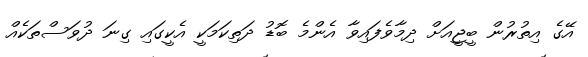
އޭގެ އިތުރުން ބީޖީއަށް ދިމާވެފައިވާ އެންމެ ބޮޑު ދަތިކަމަކީ އެކީގައި ގިނަ ދުވަސްތަކެއް